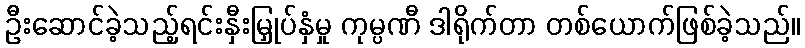
ဦးဆောင်ခဲ့သည့်ရင်းနှီးမြှုပ်နှံမှု ကုမ္ပဏီ ဒါရိုက်တာ တစ်ယောက်ဖြစ်ခဲ့သည်။